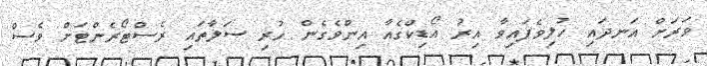
ވަރަށް އަނދައި ހުލިވެފައިވާ އިރު އޯޑިކްގެއާ އިންވެގެން ހުރި ސަލާތައި ރެސްޓޯރެންޓަށް ވެސް